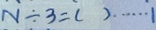
N \div 3 = ( ) \cdots 1